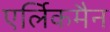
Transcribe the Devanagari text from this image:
एर्लिकमैन